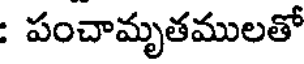
: పంచామృతములతో